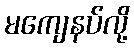
မကျေနပ်လို့